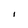
Character: I